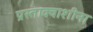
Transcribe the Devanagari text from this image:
प्रस्ताक्वाशीना